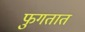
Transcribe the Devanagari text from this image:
फुगतात